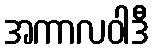
အကာလဝါဒီ